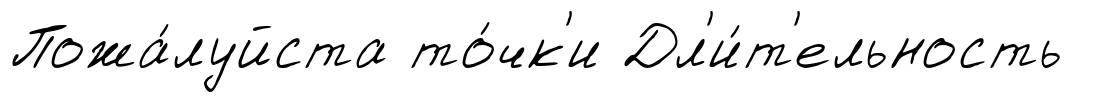
Пожа́луйста то́чк'и Дл'и́т'ельность